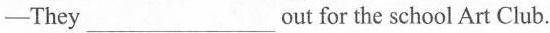
—They___out for the school Art Club.